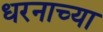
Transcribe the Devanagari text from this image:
धरनाच्या